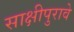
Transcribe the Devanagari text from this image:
साक्षीपुरावे